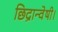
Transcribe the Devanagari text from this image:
छिद्रान्वेषी।